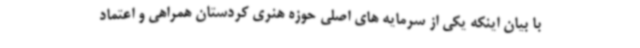
با بیان اینکه یکی از سرمایه های اصلی حوزه هنری کردستان همراهی و اعتماد